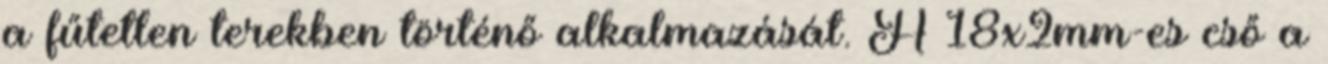
a fűtetlen terekben történő alkalmazását. A 18x2mm-es cső a